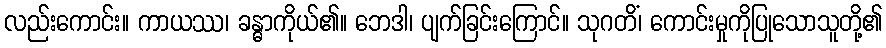
လည်းကောင်း။ ကာယဿ၊ ခန္ဓာကိုယ်၏။ ဘေဒါ၊ ပျက်ခြင်းကြောင်။ သုဂတိံ၊ ကောင်းမှုကိုပြုသောသူတို့၏